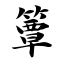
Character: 簟